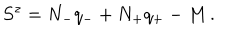
S ^ { z } = N _ { - } q _ { - } + N _ { + } q _ { + } - M \, .